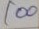
100